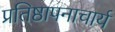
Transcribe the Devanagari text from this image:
प्रतिष्ठापनाचार्य